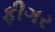
ફીગર